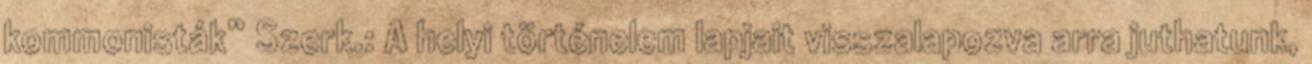
kommonisták” Szerk.: A helyi történelem lapjait visszalapozva arra juthatunk,